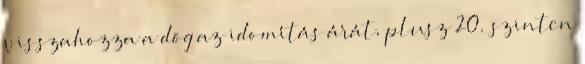
visszahozza a dög az idomítás árát, plusz 20. szinten